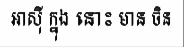
អាស៊ី ក្នុង នោះ មាន ចិន